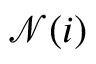
\mathcal { N } ( i )